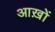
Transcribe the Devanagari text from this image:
आख़ों